65_HS1-834228961_62-HQ-83894_Section_9
Agency: FBI
Page 21
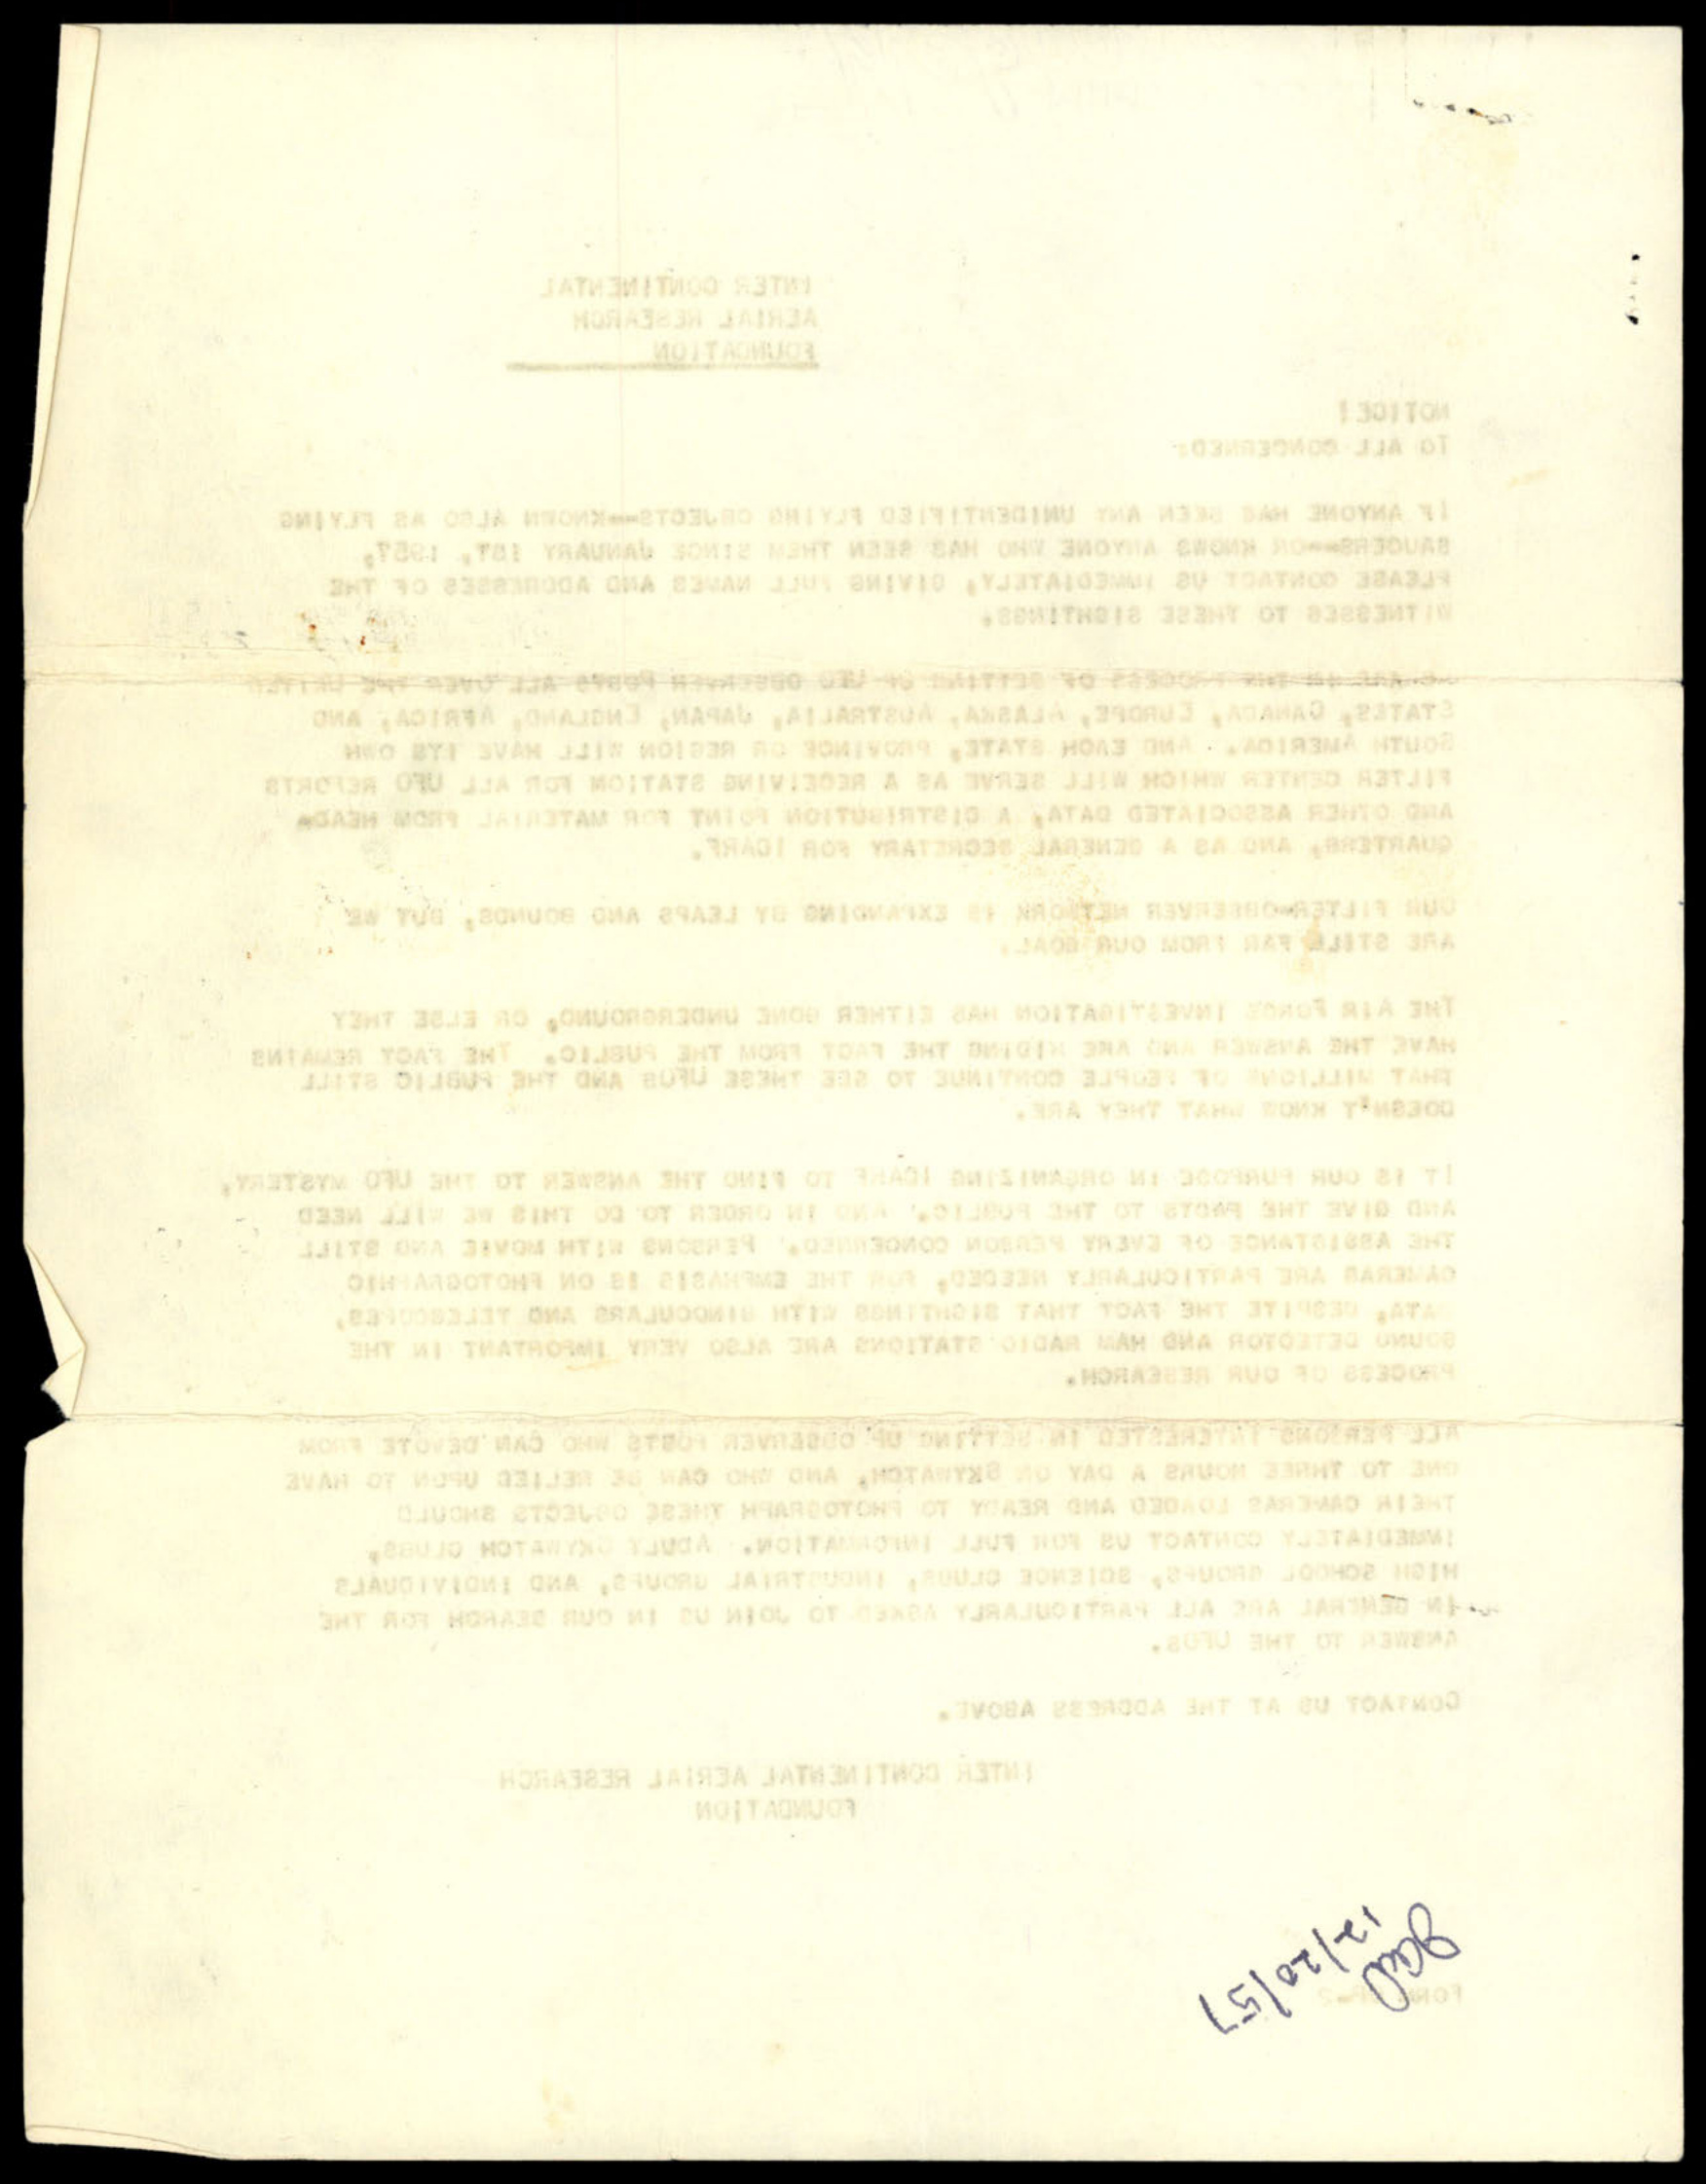